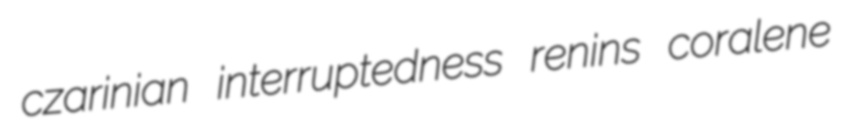
czarinian interruptedness renins coralene